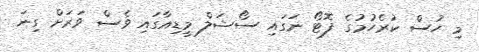
މި ހުސް ކުރެހުމުގެ ފޮޓޯ ނަގައި ސޯޝަލް މީޑިއާގައި ވެސް ވަރަށް ގިނަ